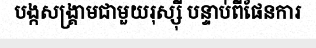
បង្កសង្គ្រាមជាមួយរុស្ស៊ី បន្ទាប់ពីផែនការ